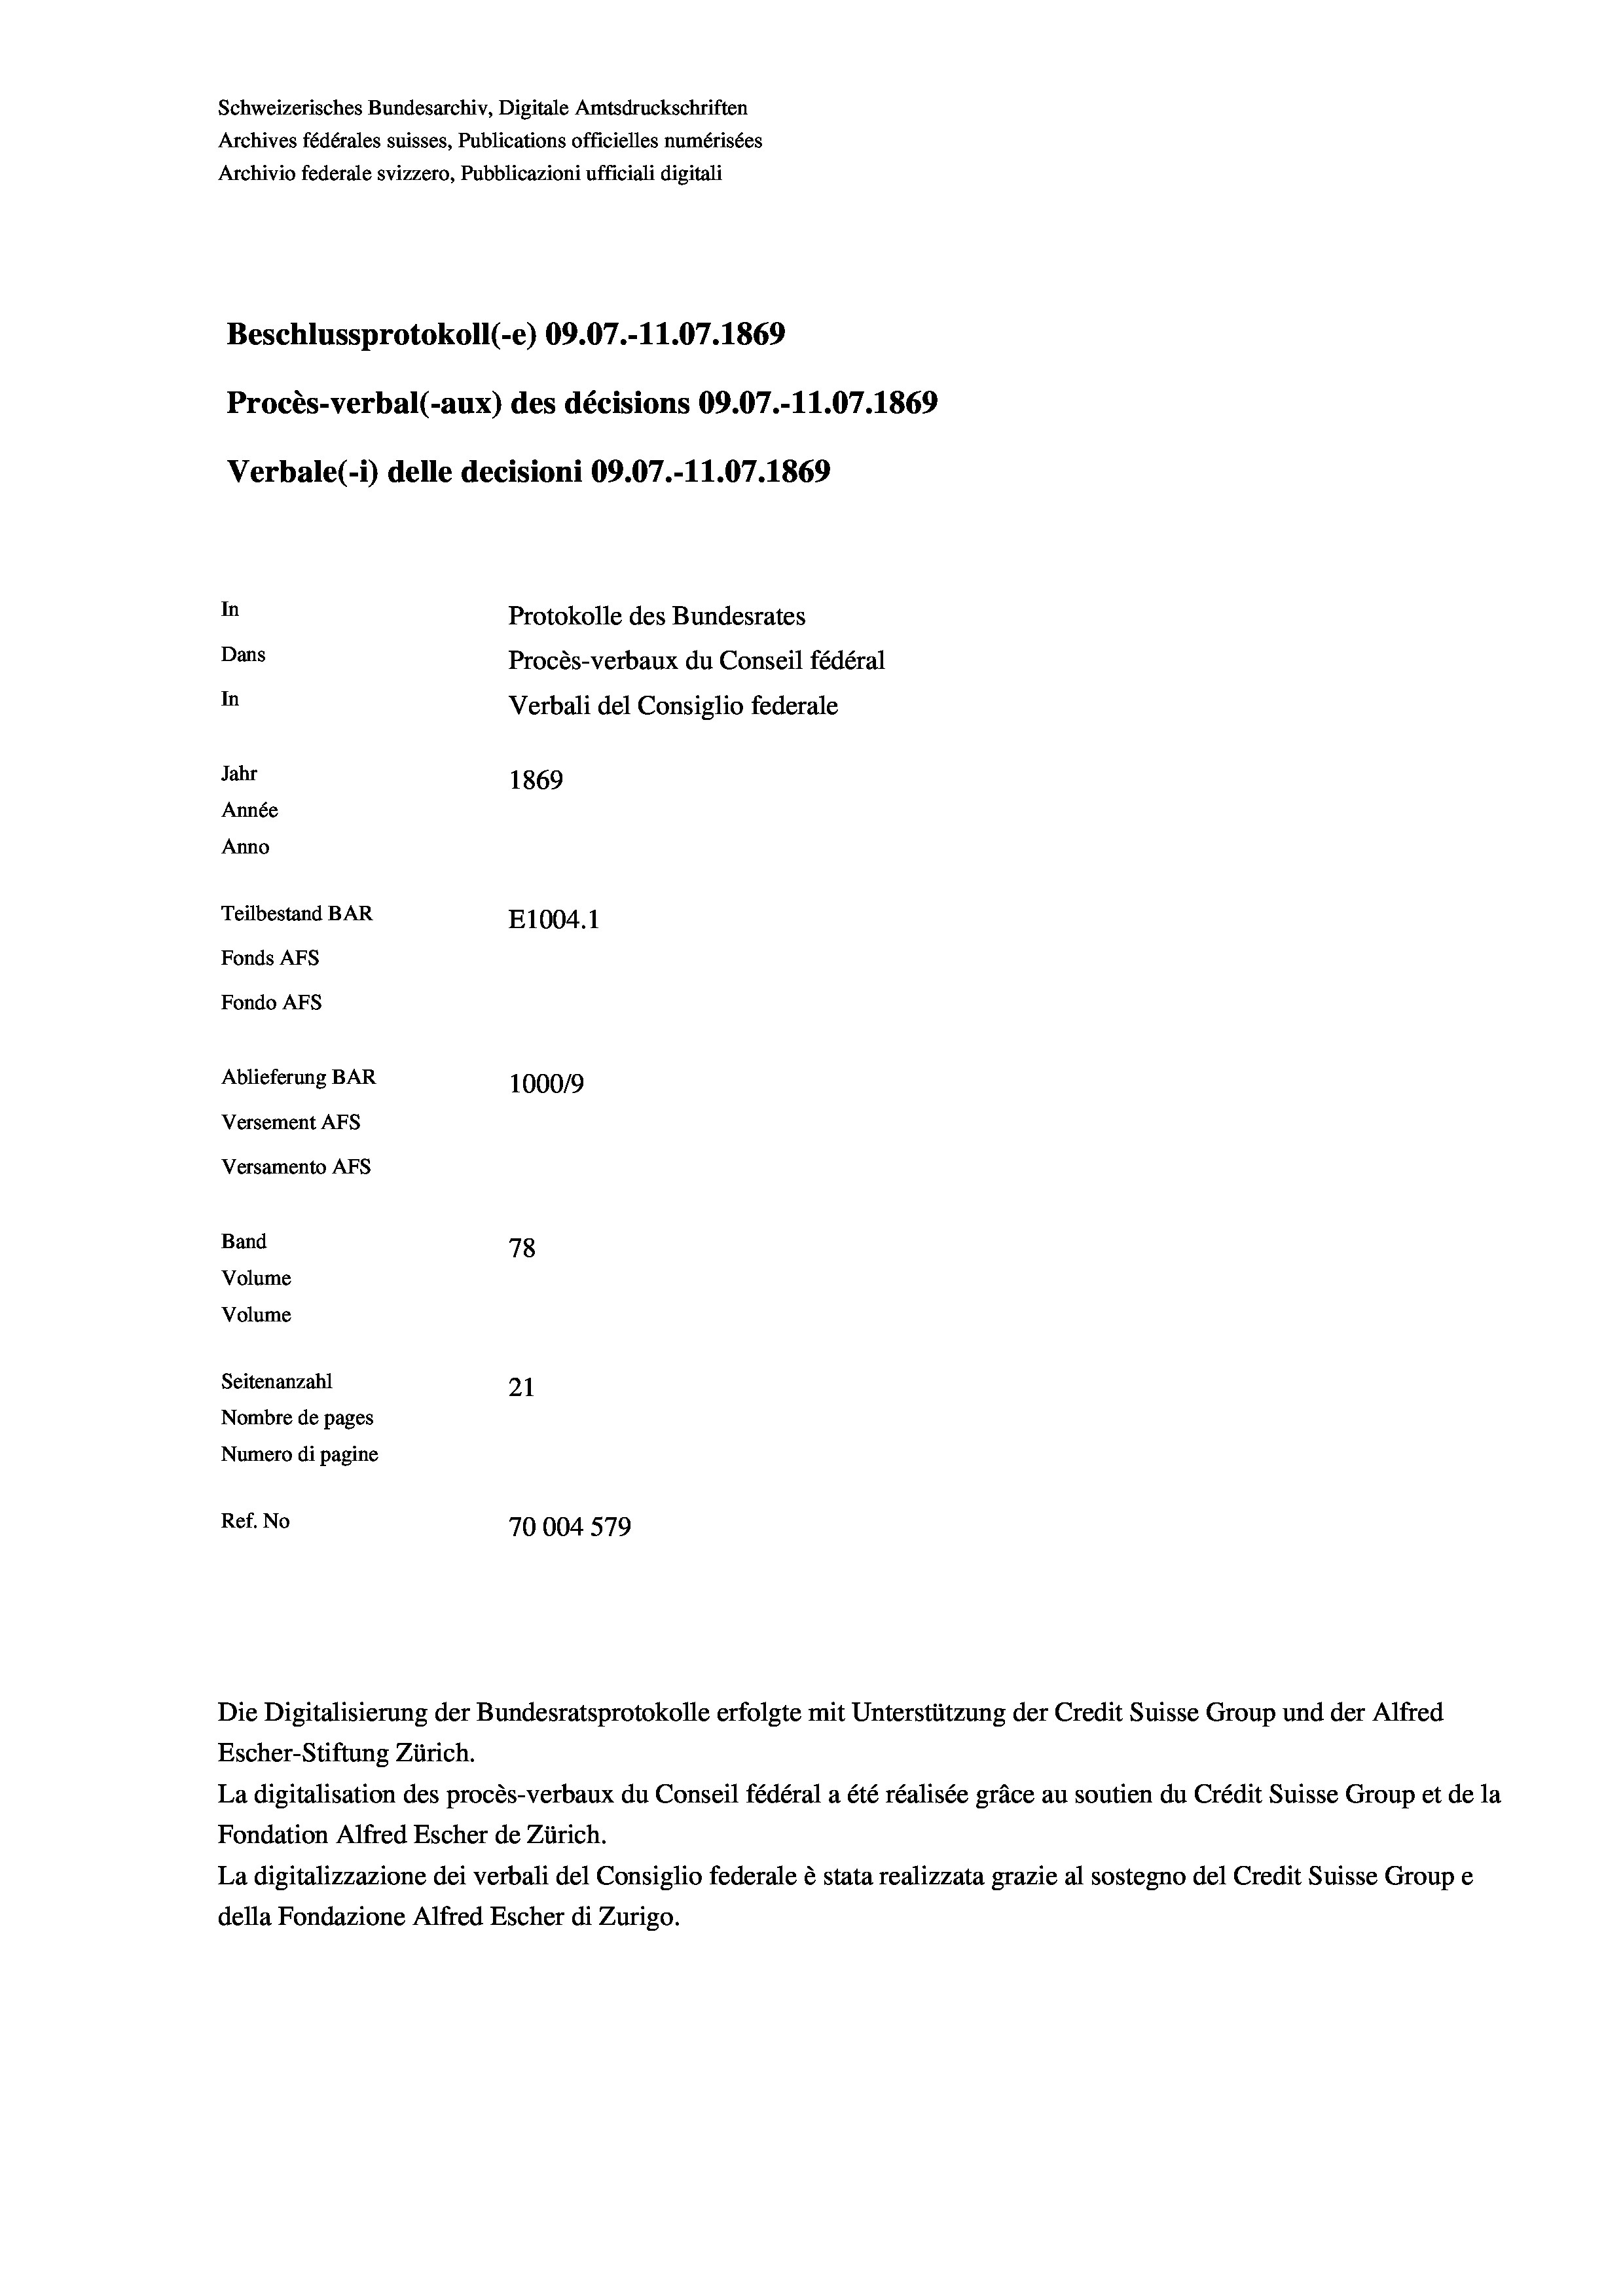
Schweizerisches Bundesarchiv, Digitale Amtsdruckschriften
Archives fédérales suisses, Publications officielles numérisées
Archivio federale svizzero, Pubblicazioni ufficiali digitali
Beschlussprotokoll (-e) 09.07.-11.07. 1869
Procès-verbal (-aux) des décisions 09.07.-11.07. 1869
Verbale(-*) delle decisioni 09.07.-11.07. 1869
In
Protokolle des Bundesrates
Dans
Procès-verbaux du Conseil fédéral
In
Verbali del Consiglio federale
Jahr
1869
Année
Anno
Teilbestand BAR
E1004.1
Fonds AFs
Fondo AFS
Ablieferung BAR
100019
Versement AFs
Versamento AFs
Band
78
Volume
Volume

Seitenanzahl
21
Nombre de pages
Numero di pagine
Ref. No
70004 579

Escher-Stiftung Zürich.
La digitalisation des procès-verbaux du Conseil fédéral a été réalisée gräce au soutien du Crédit Suisse Group et de la
Fondation Alfred Escher de Zürich.
La digitalizzazione dei verbali del Consiglio federale è stata realizzata grazie al sostegno del Credit Suisse Groupe
della Fondazione Alfred Escher di Zurigo.

Die Digitalisierung der Bundesratsprotokolle erfolgte mit Unterstützung der Credit Suisse Group und der Alfred